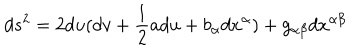
d s ^ { 2 } = 2 d u ( d v + \frac { 1 } { 2 } a d u + b _ { \alpha } d x ^ { \alpha } ) + g _ { \alpha \beta } d x ^ { \alpha \beta }